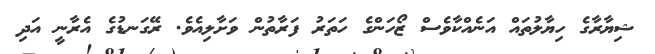
ޝިޔާރާގެ ހިޔާލުތައް އަނެއްކާވެސް ޒޯހަންގެ ހަތަރު ފަރާތުން ވަށާލިއެވެ. ރޭގަނޑުގެ އެރާނީ އަދި